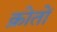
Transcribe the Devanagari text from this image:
क्रोतों